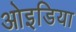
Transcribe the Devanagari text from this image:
ओइडिया